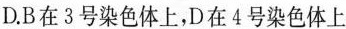
D.B在3号染色体上，D在4号染色体上